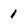
Character: 1